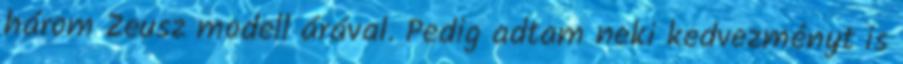
három Zeusz modell árával. Pedig adtam neki kedvezményt is